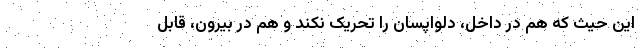
این حیث که هم در داخل، دلواپسان را تحریک نکند و هم در بیرون، قابل